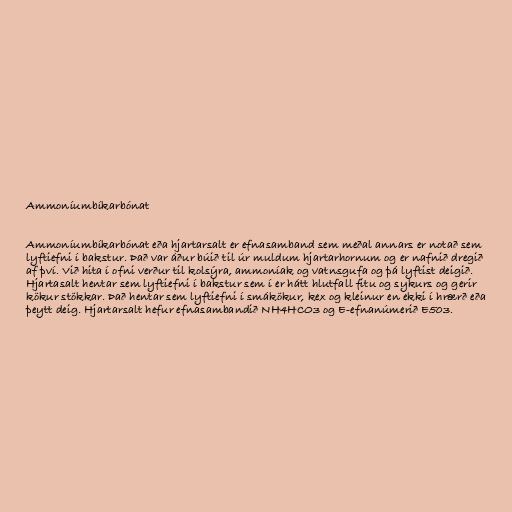
Ammoníumbíkarbónat

Ammoníumbíkarbónat eða hjartarsalt er efnasamband sem meðal annars er notað sem
lyftiefni í bakstur. Það var áður búið til úr muldum hjartarhornum og er nafnið dregið
af því. Við hita í ofni verður til kolsýra, ammoníak og vatnsgufa og þá lyftist deigið.
Hjartasalt hentar sem lyftiefni í bakstur sem í er hátt hlutfall fitu og sykurs og gerir
kökur stökkar. Það hentar sem lyftiefni í smákökur, kex og kleinur en ekki í hrærð eða
þeytt deig. Hjartarsalt hefur efnasambandið NH4HCO3 og E-efnanúmerið E503.